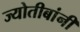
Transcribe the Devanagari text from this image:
ज्योतीबांनी